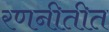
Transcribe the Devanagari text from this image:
रणनीतीत